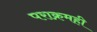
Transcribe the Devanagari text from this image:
पराक्रमही